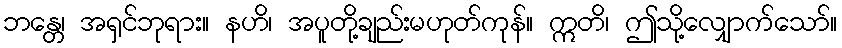
ဘန္တေ၊ အရှင်ဘုရား။ နဟိ၊ အပူတို့ချည်းမဟုတ်ကုန်။ ဣတိ၊ ဤသို့လျှောက်သော်။